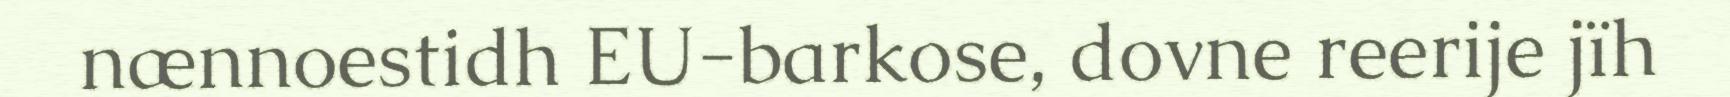
nænnoestidh EU-barkose, dovne reerije jïh